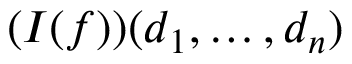
( I ( f ) ) ( d _ { 1 } , \ldots , d _ { n } )